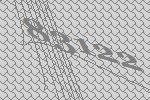
83122